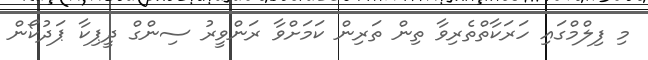
މި ފިލްމްގައި ހަރަކާތްތެރިވާ ތިން ތަރިން ކަމަށްވާ ރަންވީރު ސިންގް ދީޕިކާ ޕަދުކޯން